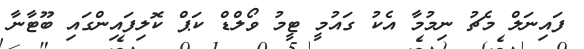
ފައިނަލް މެޗު ނިމުމާ އެކު ގައުމީ ޓީމު ވޯލްޑް ކަޕް ކޮލިފައިންގައި ބޫޓާނާ